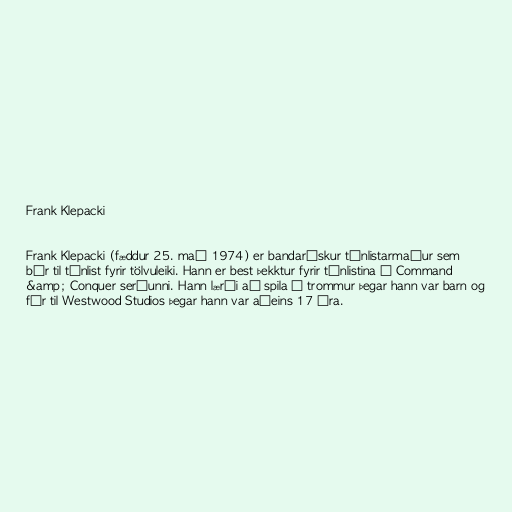
Frank Klepacki

Frank Klepacki (fæddur 25. maí 1974) er bandarískur tónlistarmaður sem
býr til tónlist fyrir tölvuleiki. Hann er best þekktur fyrir tónlistina í Command
&amp; Conquer seríunni. Hann lærði að spila á trommur þegar hann var barn og
fór til Westwood Studios þegar hann var aðeins 17 ára.